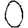
Digit: 0